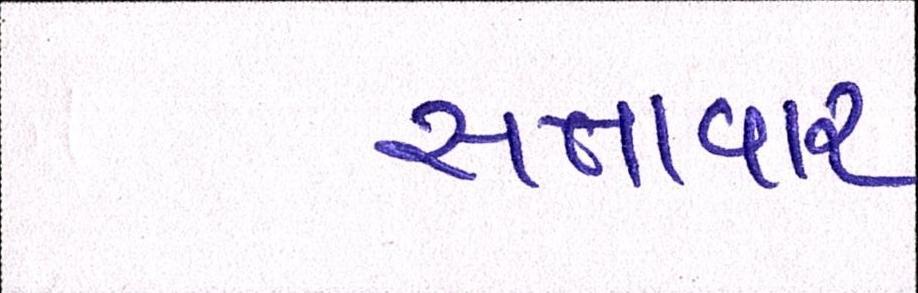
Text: સત્તાવાર